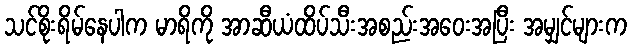
သင်စိုးရိမ်နေပါက မာရိကို အာဆီယံထိပ်သီးအစည်းအဝေးအပြီး အမျှင်များက